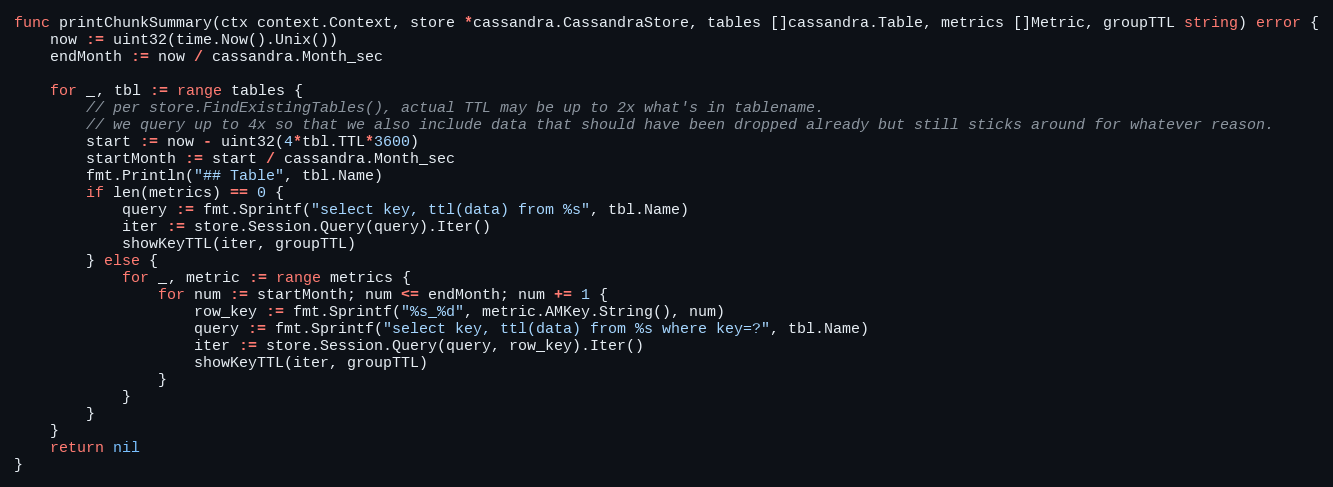
Language: Go
func printChunkSummary(ctx context.Context, store *cassandra.CassandraStore, tables []cassandra.Table, metrics []Metric, groupTTL string) error {
	now := uint32(time.Now().Unix())
	endMonth := now / cassandra.Month_sec

	for _, tbl := range tables {
		// per store.FindExistingTables(), actual TTL may be up to 2x what's in tablename.
		// we query up to 4x so that we also include data that should have been dropped already but still sticks around for whatever reason.
		start := now - uint32(4*tbl.TTL*3600)
		startMonth := start / cassandra.Month_sec
		fmt.Println("## Table", tbl.Name)
		if len(metrics) == 0 {
			query := fmt.Sprintf("select key, ttl(data) from %s", tbl.Name)
			iter := store.Session.Query(query).Iter()
			showKeyTTL(iter, groupTTL)
		} else {
			for _, metric := range metrics {
				for num := startMonth; num <= endMonth; num += 1 {
					row_key := fmt.Sprintf("%s_%d", metric.AMKey.String(), num)
					query := fmt.Sprintf("select key, ttl(data) from %s where key=?", tbl.Name)
					iter := store.Session.Query(query, row_key).Iter()
					showKeyTTL(iter, groupTTL)
				}
			}
		}
	}
	return nil
}